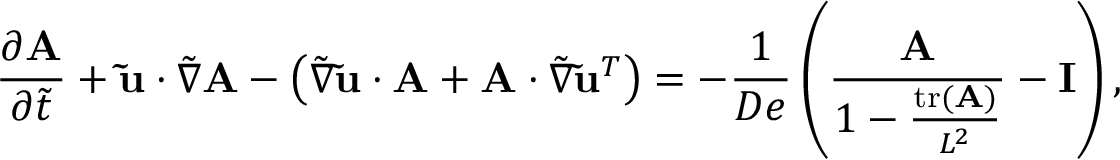
\frac { \partial \mathbf { A } } { \partial \Tilde { t } } + \mathbf { \Tilde { u } } \cdot \boldsymbol { \Tilde { \boldsymbol { \nabla } } } \mathbf { A } - \left( \boldsymbol { \Tilde { \boldsymbol { \nabla } } } \mathbf { \Tilde { u } } \cdot \mathbf { A } + \mathbf { A } \cdot \boldsymbol { \Tilde { \boldsymbol { \nabla } } } \mathbf { \Tilde { u } } ^ { T } \right) = - \frac { 1 } { D e } \left( \frac { \mathbf { A } } { 1 - \frac { \operatorname { t r } ( \mathbf { A } ) } { L ^ { 2 } } } - \mathbf { I } \right) ,